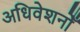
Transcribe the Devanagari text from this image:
अधिवेशनोँ